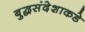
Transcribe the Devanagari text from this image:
बुद्धसंदेशाकडे